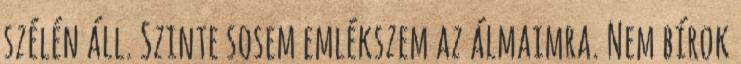
szélén áll. Szinte sosem emlékszem az álmaimra. Nem bírok